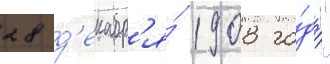
28 д'екабр'я́ 1908 го́да"